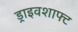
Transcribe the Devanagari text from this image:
ड्राइवशाफ्ट